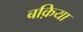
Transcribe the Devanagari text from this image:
बक़िया